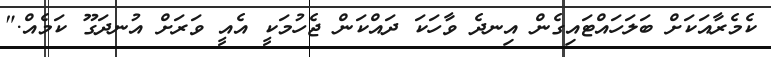
ކެމެރާއަކަށް ބަލަހައްޓައިގެން އިނދެ ވާހަކަ ދައްކަން ޖެހުމަކީ އެއީ ވަރަށް އުނދަގޫ ކަމެއް."